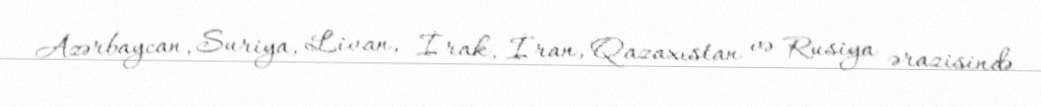
Azərbaycan, Suriya, Livan, İrak, İran, Qazaxıstan və Rusiya ərazisində